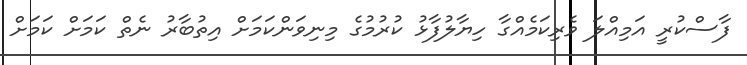
ފާސްކުރީ އަމިއްލަ ވެރިކަމެއްގާ ހިޔާލުފާޅު ކުރުމުގެ މިނިވަންކަމަށް އިތުބާރު ނެތް ކަމަށް ކަމަށް